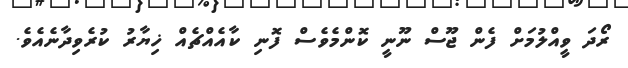
ރޯދަ ވީއްލުމަށް ފެން ޖޫސް ނޫނީ ކޮންމެވެސް ފޮނި ކާއެއްޗެއް ޚިޔާރު ކުރެވިދާނެއެވެ.